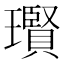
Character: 𱯼